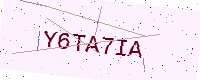
Text: Y6TA7IA